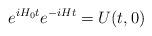
LaTeX: \begin{align*}e^{i H_0 t} e^{-i H t} = U(t,0)\end{align*}